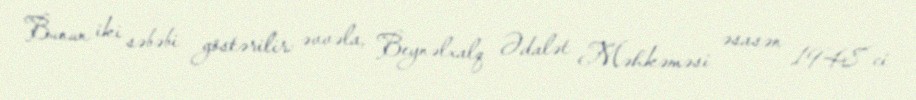
Bunun iki səbəbi göstərilir: əvvəla, Beynəlxalq Ədalət Məhkəməsi əsasən 1948-ci